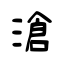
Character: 滄